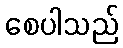
စေပါသည်